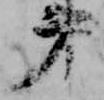
第